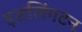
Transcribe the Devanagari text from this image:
इसलिंगटन